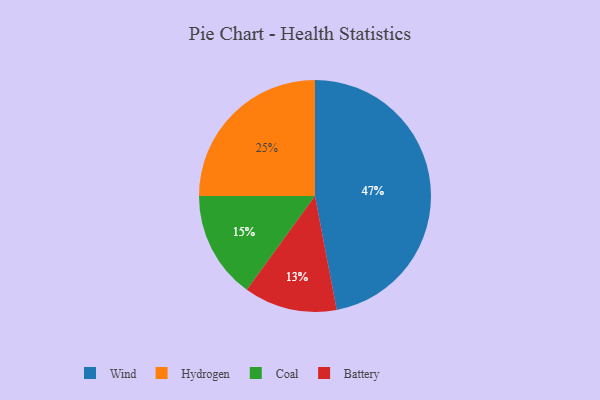
{"axis": {"x": "Category", "y": "Percentage"}, "legend": ["Battery", "Coal", "Hydrogen", "Wind"], "data": [{"x": "Hydrogen", "y": 25, "type": "Hydrogen"}, {"x": "Wind", "y": 47, "type": "Wind"}, {"x": "Coal", "y": 15, "type": "Coal"}, {"x": "Battery", "y": 13, "type": "Battery"}]}